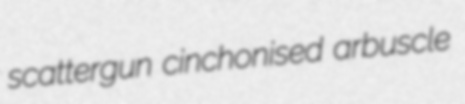
scattergun cinchonised arbuscle